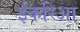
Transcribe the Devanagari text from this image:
ईकरिआ